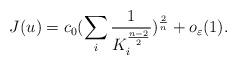
LaTeX: \begin{align*}J(u)=c_{0}(\sum_{i}\frac{1}{K_{i}^{\frac{n-2}{2}}})^{\frac{2}{n}}+o_{\varepsilon}(1).\end{align*}